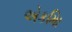
એકમાિ